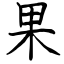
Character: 果